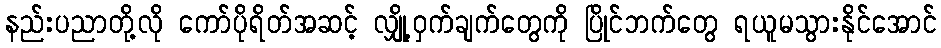
နည်းပညာတို့လို ကော်ပိုရိတ်အဆင့် လျှို့ဝှက်ချက်တွေကို ပြိုင်ဘက်တွေ ရယူမသွားနိုင်အောင်